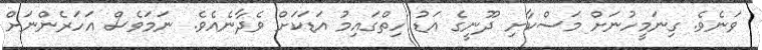
ވަނެވެ. ގިނަމީހުނަށް މަސްކާށި ދޫނީގެ އަޑު ހިތްގައިމު އަޑަކަށް ވެދާނެއެވެ. ނަމަވެސް އަހަރެންނަށް